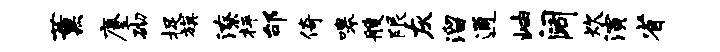
薰麈砌捉旗潦枰邰倚嗥艘限灰溜通岫阔炊演省